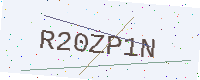
Text: R20ZP1N